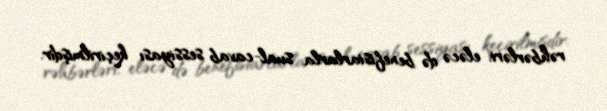
rəhbərləri, eləcə də benefisiarlarla sual-cavab sessiyası keçirilmişdir.